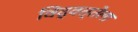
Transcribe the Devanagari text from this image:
विद्वत्तेला